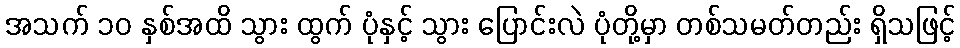
အသက် ၁၀ နှစ်အထိ သွား ထွက် ပုံနှင့် သွား ပြောင်းလဲ ပုံတို့မှာ တစ်သမတ်တည်း ရှိသဖြင့်